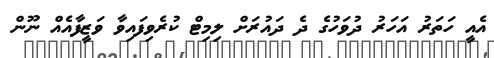
އެއީ ހަތަރު އަހަރު ދުވަހުގެ ދެ ދައުރަށް ލިމިޓް ކުރެވިފައިވާ ވަޒީފާއެއް ނޫން